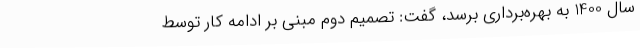
سال 1400 به بهره‌برداری برسد، گفت: تصمیم دوم مبنی بر ادامه کار توسط